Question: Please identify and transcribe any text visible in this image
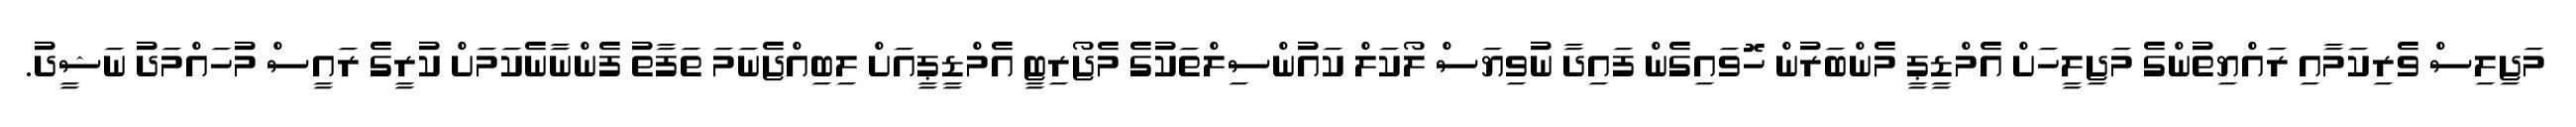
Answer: މަޖިލިސް ވެރިކަމާއި ރައްޔިތުންގެ މަޖިލީހަށް އެމްޑީޕީ މެންބަރުން ހޮވައިގެން ފައިދާ ނުވިޔަސް ލޯކަލް ކައުންސިލްތަކުގެ މެޖޯރިޓީ އެމްޑީޕީއަށް ލިބިއްޖެނަމަ ތަފާތު ފެންނާނެކަމަށް ކުރީގެ ރައީސް މުހައްމަދު ނަޝީދު.